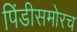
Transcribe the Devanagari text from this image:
पिंडीसमोरच